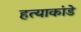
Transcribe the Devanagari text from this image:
हत्याकांडे